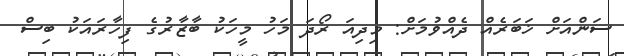
ސަންއަށް ޚަބަރެއް ދެއްވުމަށް: މިދިއަ ރޯދަ މަހު މީހަކު ބާޒާރުގެ ފިހާރައަކު ބިސް